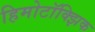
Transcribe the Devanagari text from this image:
हिमोटॉक्झिक